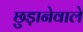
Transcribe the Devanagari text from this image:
छुड़ानेवाले